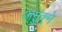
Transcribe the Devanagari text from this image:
अनुक्र्मे